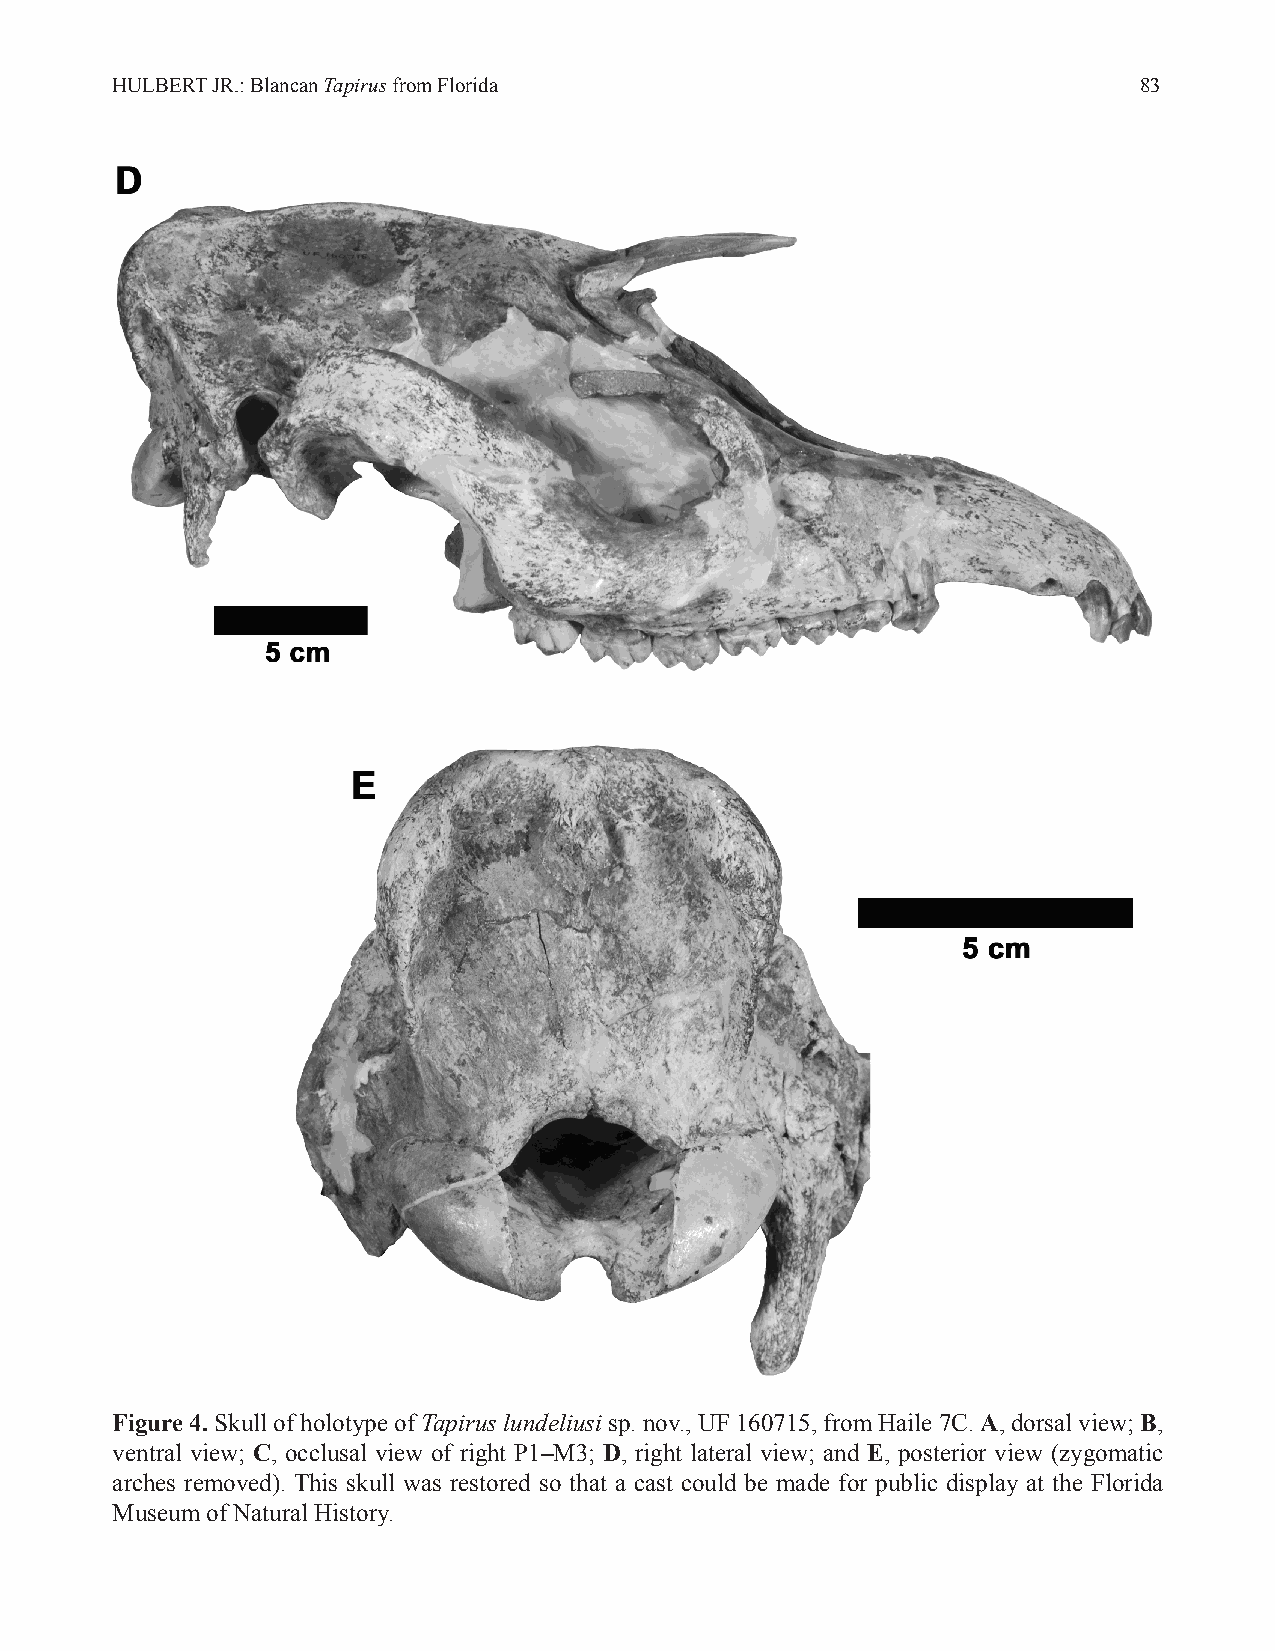
HULBERT JR.: Blancan Tapirus from Florida                           83
 Figure 4. Skull of holotype of Tapirus lundeliusi sp. nov., UF 160715, from Haile 7C. A, dorsal view; B,
 ventral view; C, occlusal view of right P1–M3; D, right lateral view; and E, posterior view (zygomatic
 arches removed). This skull was restored so that a cast could be made for public display at the Florida
 Museum of Natural History.